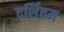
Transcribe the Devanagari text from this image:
दर्शितम